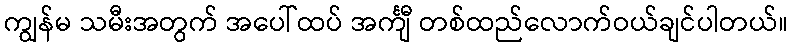
ကျွန်မ သမီးအတွက် အပေါ်ထပ် အင်္ကျီ တစ်ထည်လောက်ဝယ်ချင်ပါတယ်။